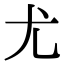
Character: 尤